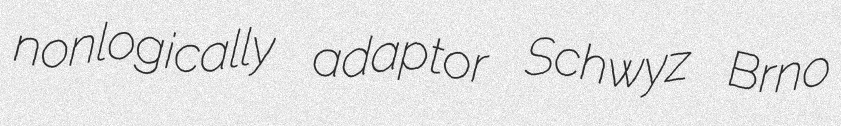
nonlogically adaptor Schwyz Brno